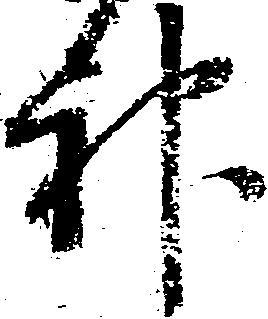
神